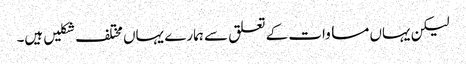
لیکن یہاں مساوات کے تعلق سے ہمارے یہاں مختلف شکلیں ہیں۔